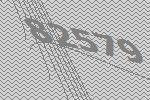
82579